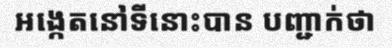
អង្កេតនៅទីនោះបាន បញ្ជាក់ថា